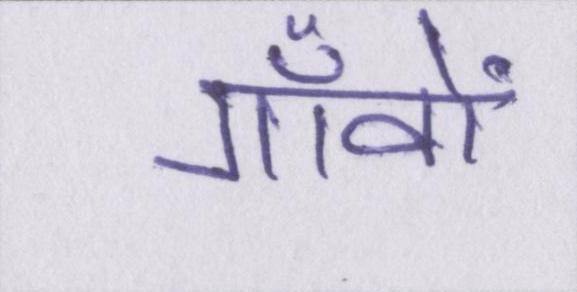
गाँवों